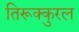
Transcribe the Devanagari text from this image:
तिरूक्कुरल